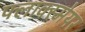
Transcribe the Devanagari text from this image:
फ्लाक्स्मेयर